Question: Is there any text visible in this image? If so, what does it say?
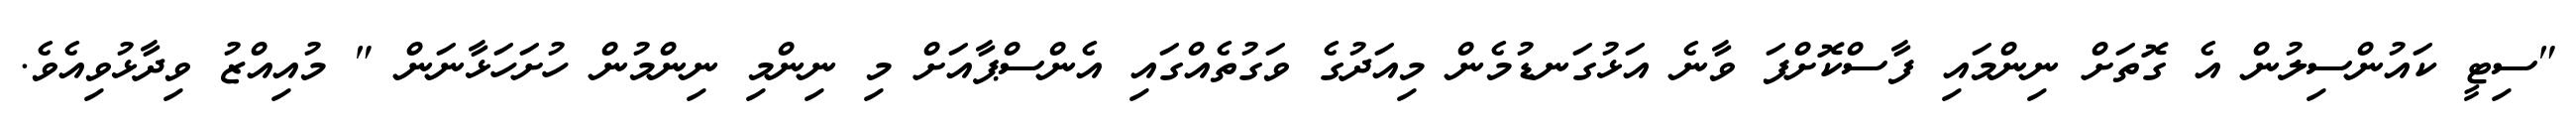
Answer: "ސިޓީ ކައުންސިލުން އެ ގޮތަށް ނިންމައި ފާސްކޮށްފަ ވާނެ އަޅުގަނޑުމެން މިއަދުގެ ވަގުތެއްގައި އެންސްޕާއަށް މި ނިންމި ނިންމުން ހުށަހަޅާނަން " މުއިއްޒު ވިދާޅުވިއެވެ.